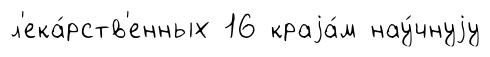
л'ека́рств'енных 16 краjа́м нау́чнуjу